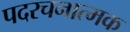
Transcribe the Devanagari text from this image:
पदरचनात्मक